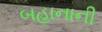
બહાનાની